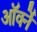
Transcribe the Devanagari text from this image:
ऑर्क्ने